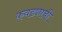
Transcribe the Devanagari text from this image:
कवड्याची